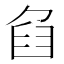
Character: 𦥢